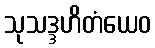
သုသဒ္ဒဟိတံယေဝ